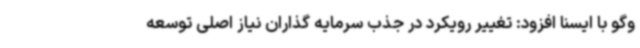
وگو با ایسنا افزود: تغییر رویکرد در جذب سرمایه گذاران نیاز اصلی توسعه